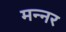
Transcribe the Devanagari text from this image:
मन्नर